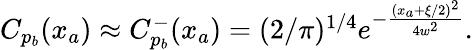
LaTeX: \begin{array}{r}{C_{p_{b}}(x_{a})\approx C_{p_{b}}^{-}(x_{a})=(2/\pi)^{1/4}e^{-\frac{(x_{a}+\xi/2)^{2}}{4w^{2}}}.}\end{array}